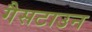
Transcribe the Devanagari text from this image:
गैसटाउन